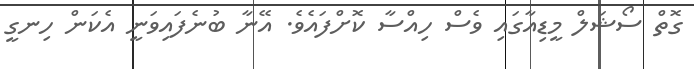
ގޮތް ސޯޝަލް މީޑިއާގައި ވެސް ހިއްސާ ކޮށްފައެވެ. އޭނާ ބުނެފައިވަނީ އެކަން ހިނގީ